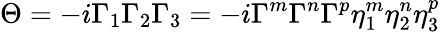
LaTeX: \Theta=-i\Gamma_{1}\Gamma_{2}\Gamma_{3}=-i\Gamma^{m}\Gamma^{n}\Gamma^{p}\eta_{1}^{m}\eta_{2}^{n}\eta_{3}^{p}